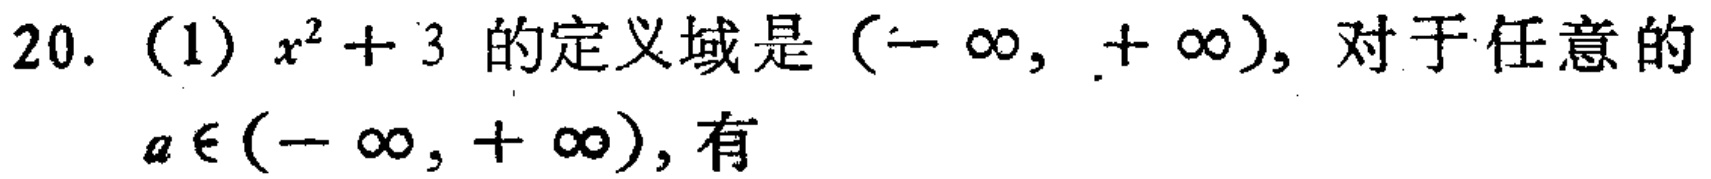
20. (1) \(x^{2}+3\) 的定义域是 \((-\infty,+\infty)\)，对于任意的 \(a\in(-\infty,+\infty)\)，有